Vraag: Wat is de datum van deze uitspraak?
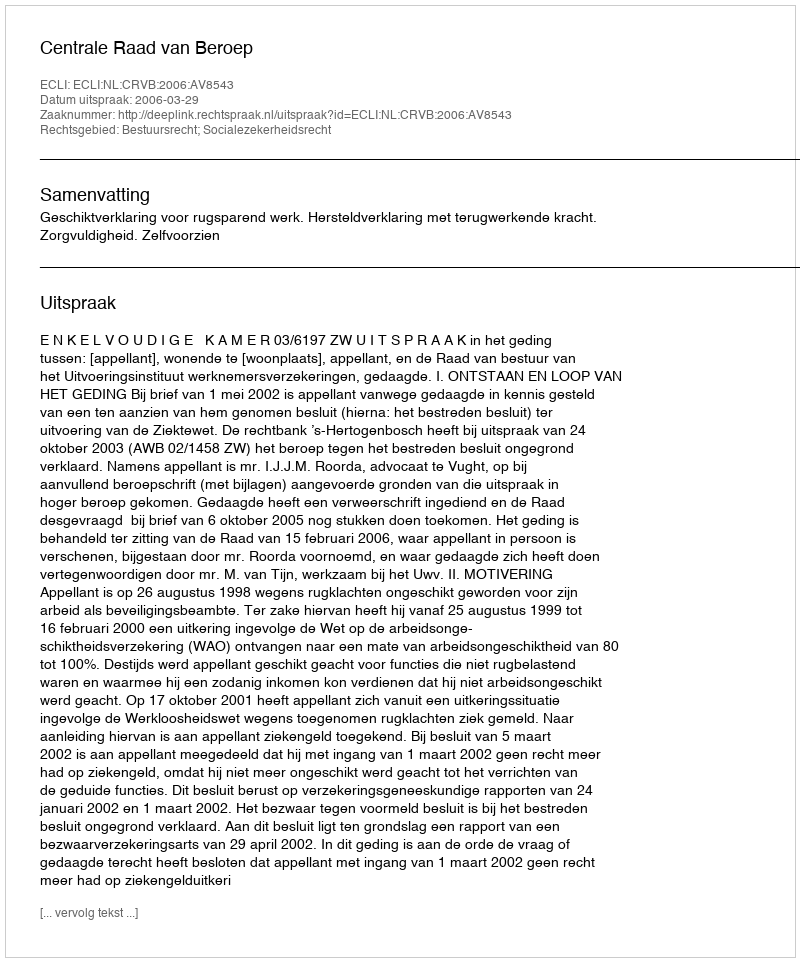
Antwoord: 2006-03-29